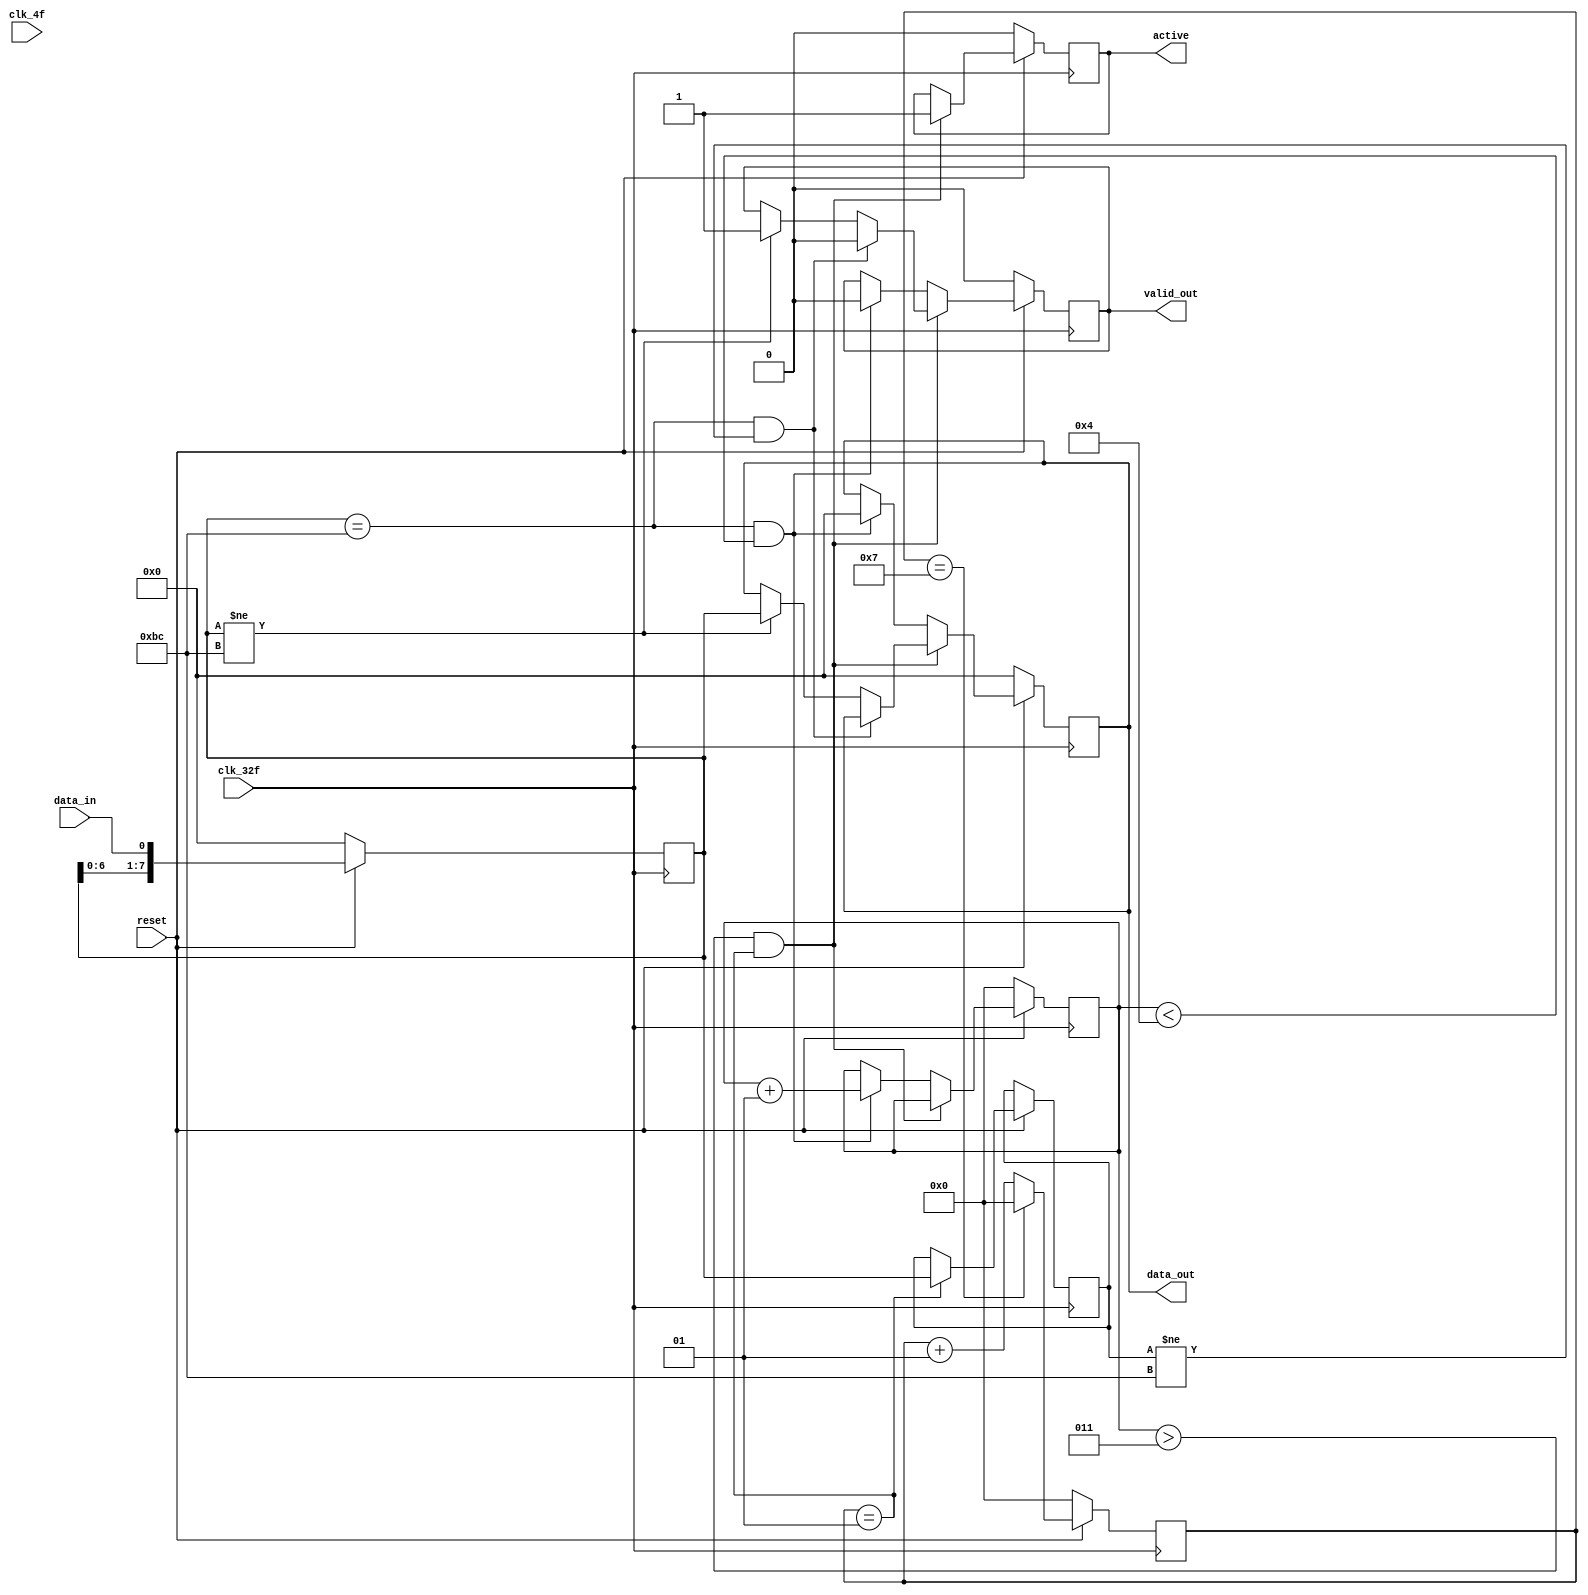
module serial_paralelo
(
	input clk_4f,
	input clk_32f,
    input reset,
	input data_in,
	output reg active, //activa cuando BC counter = 4
	output reg valid_out, //activo BC_counter>4 y data2send != 0xBC
	output reg [7:0] data_out
);
integer BC_counter;		// contar al tener 0xBC
reg [7:0] data2send;		
integer counter;	
reg [7:0] data2send2;

	always @(posedge clk_32f) 
	begin
		if (reset==0)begin		//sincronizar en 0
			data_out [7:0]<= 8'b00000000;
			valid_out <= 0;
			active <= 0;
			BC_counter <= 0;
			counter <= 0;
			data2send <= 0;
		end
		else 
		begin
			data2send <= {data2send[6:0], data_in};	
			if (BC_counter > 3 && counter == 1) 
			begin		
				active <= 1; //permanece en alto
				if (data2send == 8'hBC && data2send2 != 8'hBC) 
				begin 
					valid_out <= 8'h00;
				end
				else if (data2send != 8'hBC) 
				begin
					data_out <= data2send;
					valid_out <= 1;
				end
			end

			else if (data2send == 8'hBC && BC_counter < 4) 
			begin
				BC_counter <= BC_counter+1;
				valid_out <= 0;
				data_out <= 8'h00;
			end

			if (counter == 7) 
			begin
				counter <= 0;
			end
			else counter <= counter+1;	//hacer que salga data2send2 en reloj 4f
			if (counter == 1) data2send2 <= data2send;
			
		end
	end
endmodule